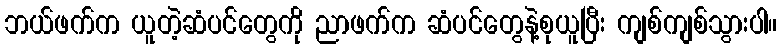
ဘယ်ဖက်က ယူတဲ့ဆံပင်တွေကို ညာဖက်က ဆံပင်တွေနဲ့စုယူပြီး ကျစ်ကျစ်သွားပါ။